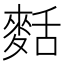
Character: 𪌩